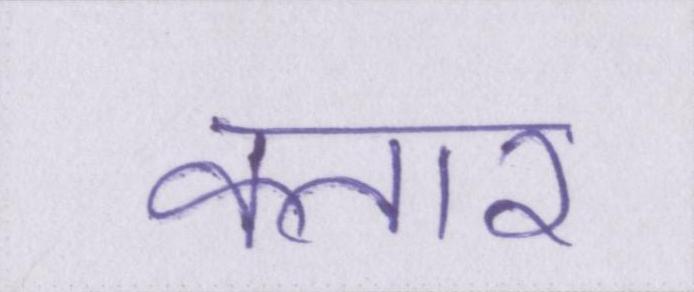
कतार